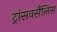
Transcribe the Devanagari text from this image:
ट्रांसवर्सैलिस